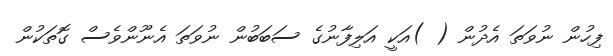
ފިހުން ނުވަތަ އެދުން ( )އަކީ އަލިފާނުގެ ސަބަބުން ނުވަތަ އެނޫންވެސް ގޮތަކުން